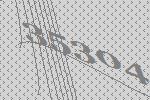
35304